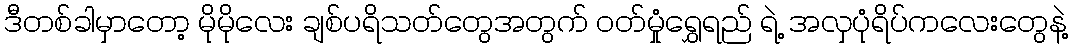
ဒီတစ်ခါမှာတော့ မိုမိုလေး ချစ်ပရိသတ်တွေအတွက် ဝတ်မှုံရွှေရည် ရဲ့ အလှပုံရိပ်ကလေးတွေနဲ့